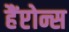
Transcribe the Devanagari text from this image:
हैंप्टोन्स